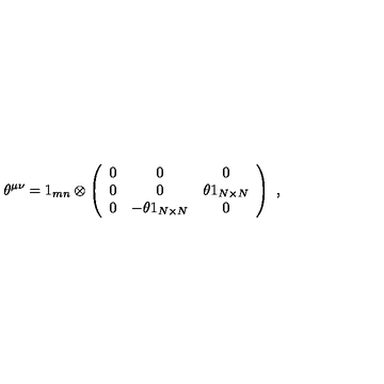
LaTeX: \theta ^ { \mu \nu } = 1 _ { m n } \otimes \left( \begin{array} { c c c } { 0 } & { 0 } & { 0 } \\ { 0 } & { 0 } & { \theta 1 _ { N \times N } } \\ { 0 } & { - \theta 1 _ { N \times N } } & { 0 } \\ \end{array} \right) \ ,